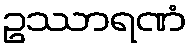
ဥဿာရဏံ